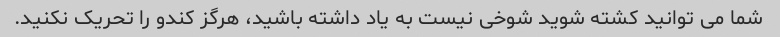
شما می توانید کشته شوید شوخی نیست به یاد داشته باشید، هرگز کندو را تحریک نکنید.